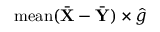
\mathrm { m e a n } ( \bar { \mathbf X } - \bar { \mathbf Y } ) \times \hat { g }